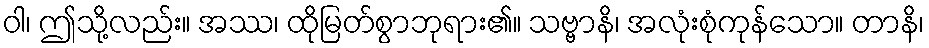
ဝါ၊ ဤသို့လည်း။ အဿ၊ ထိုမြတ်စွာဘုရား၏။ သဗ္ဗာနိ၊ အလုံးစုံကုန်သော။ တာနိ၊